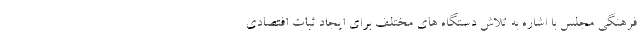
فرهنگی مجلس با اشاره به تلاش دستگاه های مختلف برای ایجاد ثبات افتصادی